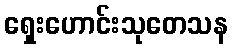
ရှေးဟောင်းသုတေသန